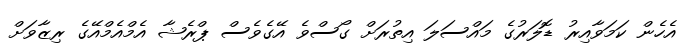
އެހެން ކަމަވާއިރު ޑޮލަރުގެ މައްސަލަ އިތުރަށް ގޯސްވެ އޭގެވެސް ޕްރެޝާ އެމްއެމްއޭގެ ރިޒާވަށް